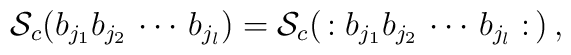
{\cal S}_c (b_{j_1} b_{j_2} \, \cdots \, b_{j_l}) = {\cal S}_c (\, : b_{j_1} b_{j_2} \, \cdots \, b_{j_l} : \, ) \, ,